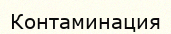
Контаминация